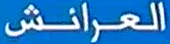
العرانش